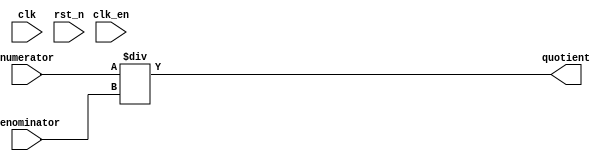
`timescale 1 ps/1 ps

module divisao (
	input clk,    // Clock
	input clk_en, // Clock Enable
	input rst_n,  // Asynchronous reset active low
	input [31:0] numerator,
	input [31:0] denominator,
	output [31:0] quotient
	
);

	assign quotient = numerator / denominator;



endmodule